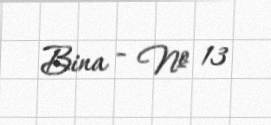
Bina - № 13